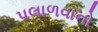
પલાળવાનો